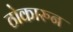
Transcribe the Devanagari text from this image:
ठोकारुन